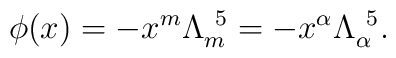
\phi(x)=-x^m\Lambda_m^{~5}=-x^\alpha\Lambda_\alpha^{~5}.